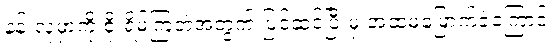
နန်းလုမှာကို စိုးရိမ်ကြတဲ့အတွက် ပြင်ဆင်ပြီးမှ အထမမြောက်ခဲ့ကြောင်း